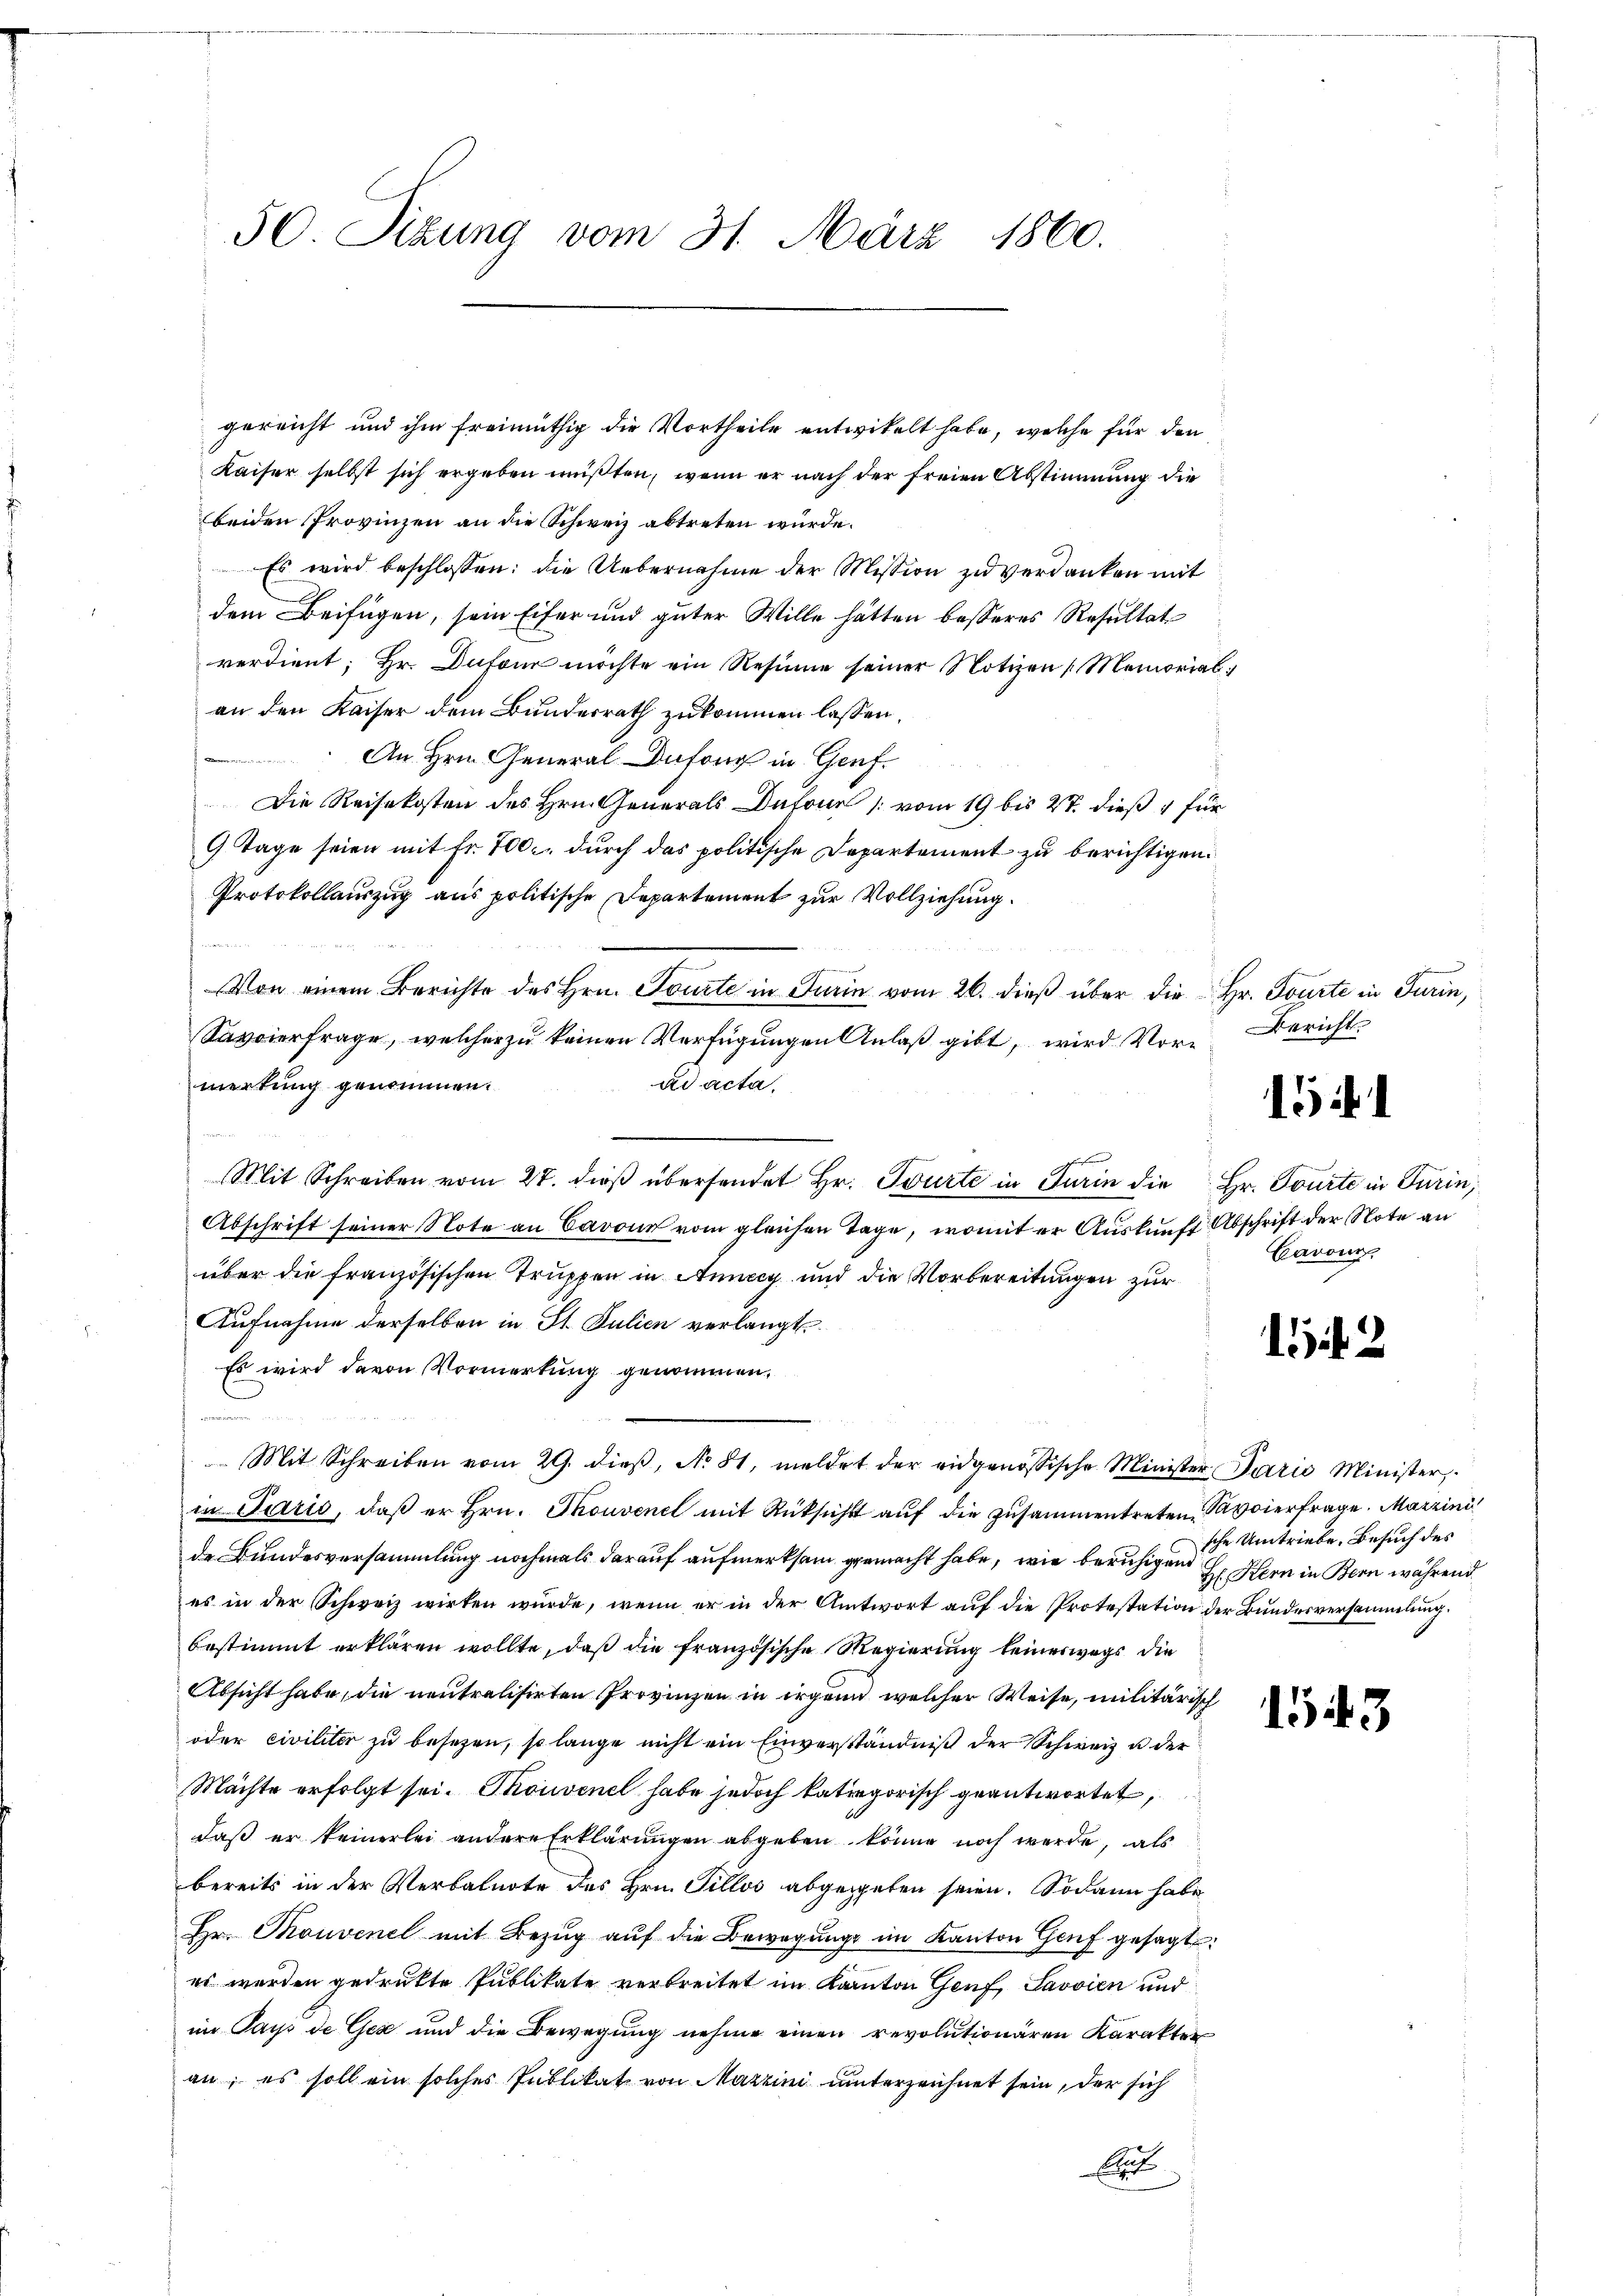
50. Sitzung vom 31. März 1860.

gereicht und ihm freimüthig die Vortheile entwickelt habe, welche für den
Kaiser selbst sich ergeben müßten, wenn er nach der freien Abstimmung die
beiden Provinzen an die Schweiz abtreten würde.
Es wird beschlossen: die Uebernahme der Mission zŭ verdanken mit
dem Beifügen, sein Eifer und guter Wille hätten besseres Resultat
verdient; Hr. Dufour möchte ein Resinne seiner Notizen [Memorial
an den Kaiser dem Bundesrath zukommen lassen,
An Hrn. General Dufons in Genf.
Die Reisekosten des Hrn. Generals Dufour vom 19 bis 27. dieß für
9 Tage seien mit Fr. 700.- durch das politische Departement zu berichtigen.
Protokollauszug aus politische Departement zur Vollziehung.
a
Von einem Berichte des Hrn. Tourte in Turin vom 26. dieß über die Hr. Tourte in Turin,
Savoierfrage, welcher zu keinen Verfügungen Anlaß gibt, wird Vor- Bericht
ad acta.
merkung genommen.
Mit Schreiben vom 27. dieß übersendet Hr. Tourte in Turin die Hr. Tourte in Turin,
Abschrift seiner Note an Cavoun vom gleichen Tage, womit er Auskunft Abschrift der Note an
über die französischen Truppen in Annay und die Vorbereitungen zur
Aufnahme derselben in St. Julien verlangt
Es wird davon Vormerkung genommen.
Mit Schreiben vom 29. dieß, No 81, meldet der eidgenössische Minister Paris Minister,
in Paris, daß er Hrn. Thouvent mit Rücksicht auf die zusammentreten Papierfrage. Marzini
de Bundesversammlung nochmals darauf aufmerksam gemacht habe, wie beruhigen Hr. Kern in Bern während
es in der Schweiz wirken wurde, wenn er in der Antwort auf die Protestation der Bundesversammlung.
bestimmt erklären wollte, daß die französische Regierung keineswegs die
Absicht habe, die neutralisirten Provinzen in irgend welcher Weise, militärisch
oder civiliter zu besezen, so lange nicht ein Einverständniß der Schweiz u der
Mächte erfolgt sei. Thouvenel habe jedoch kategorisch geantwortet,
daß er keinerlei andere Erklärungen abgeben könne noch werde, als
bereits in der Verbalnote des Hrn. Sillos abgegeben seien. Sodann habe
Hr. Thouvenel mit Bezŭg aŭf die Bewegunge im Kanton Genf gesagt:
es werden gedrukte Publikate verbreitet im Kanton Genf Javvien und
in Pays de Gese und die Bewegung nehme einen revolutionären Karakter
an; es soll ein solches Publikat von Mazzini unterzeichnet sein, der sich
A

15

Barone,

152

1

3

sche Umtriebe, Besuch des